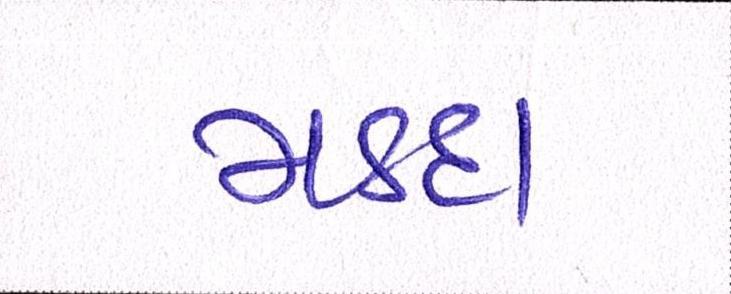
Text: મડદા